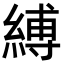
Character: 縛